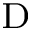
_ \mathrm { D }